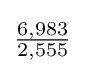
{\tfrac {6,983}{2,555}}